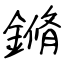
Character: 鏅